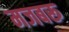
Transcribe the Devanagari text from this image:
मजबरू